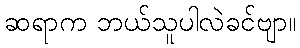
ဆရာက ဘယ်သူပါလဲခင်ဗျာ။